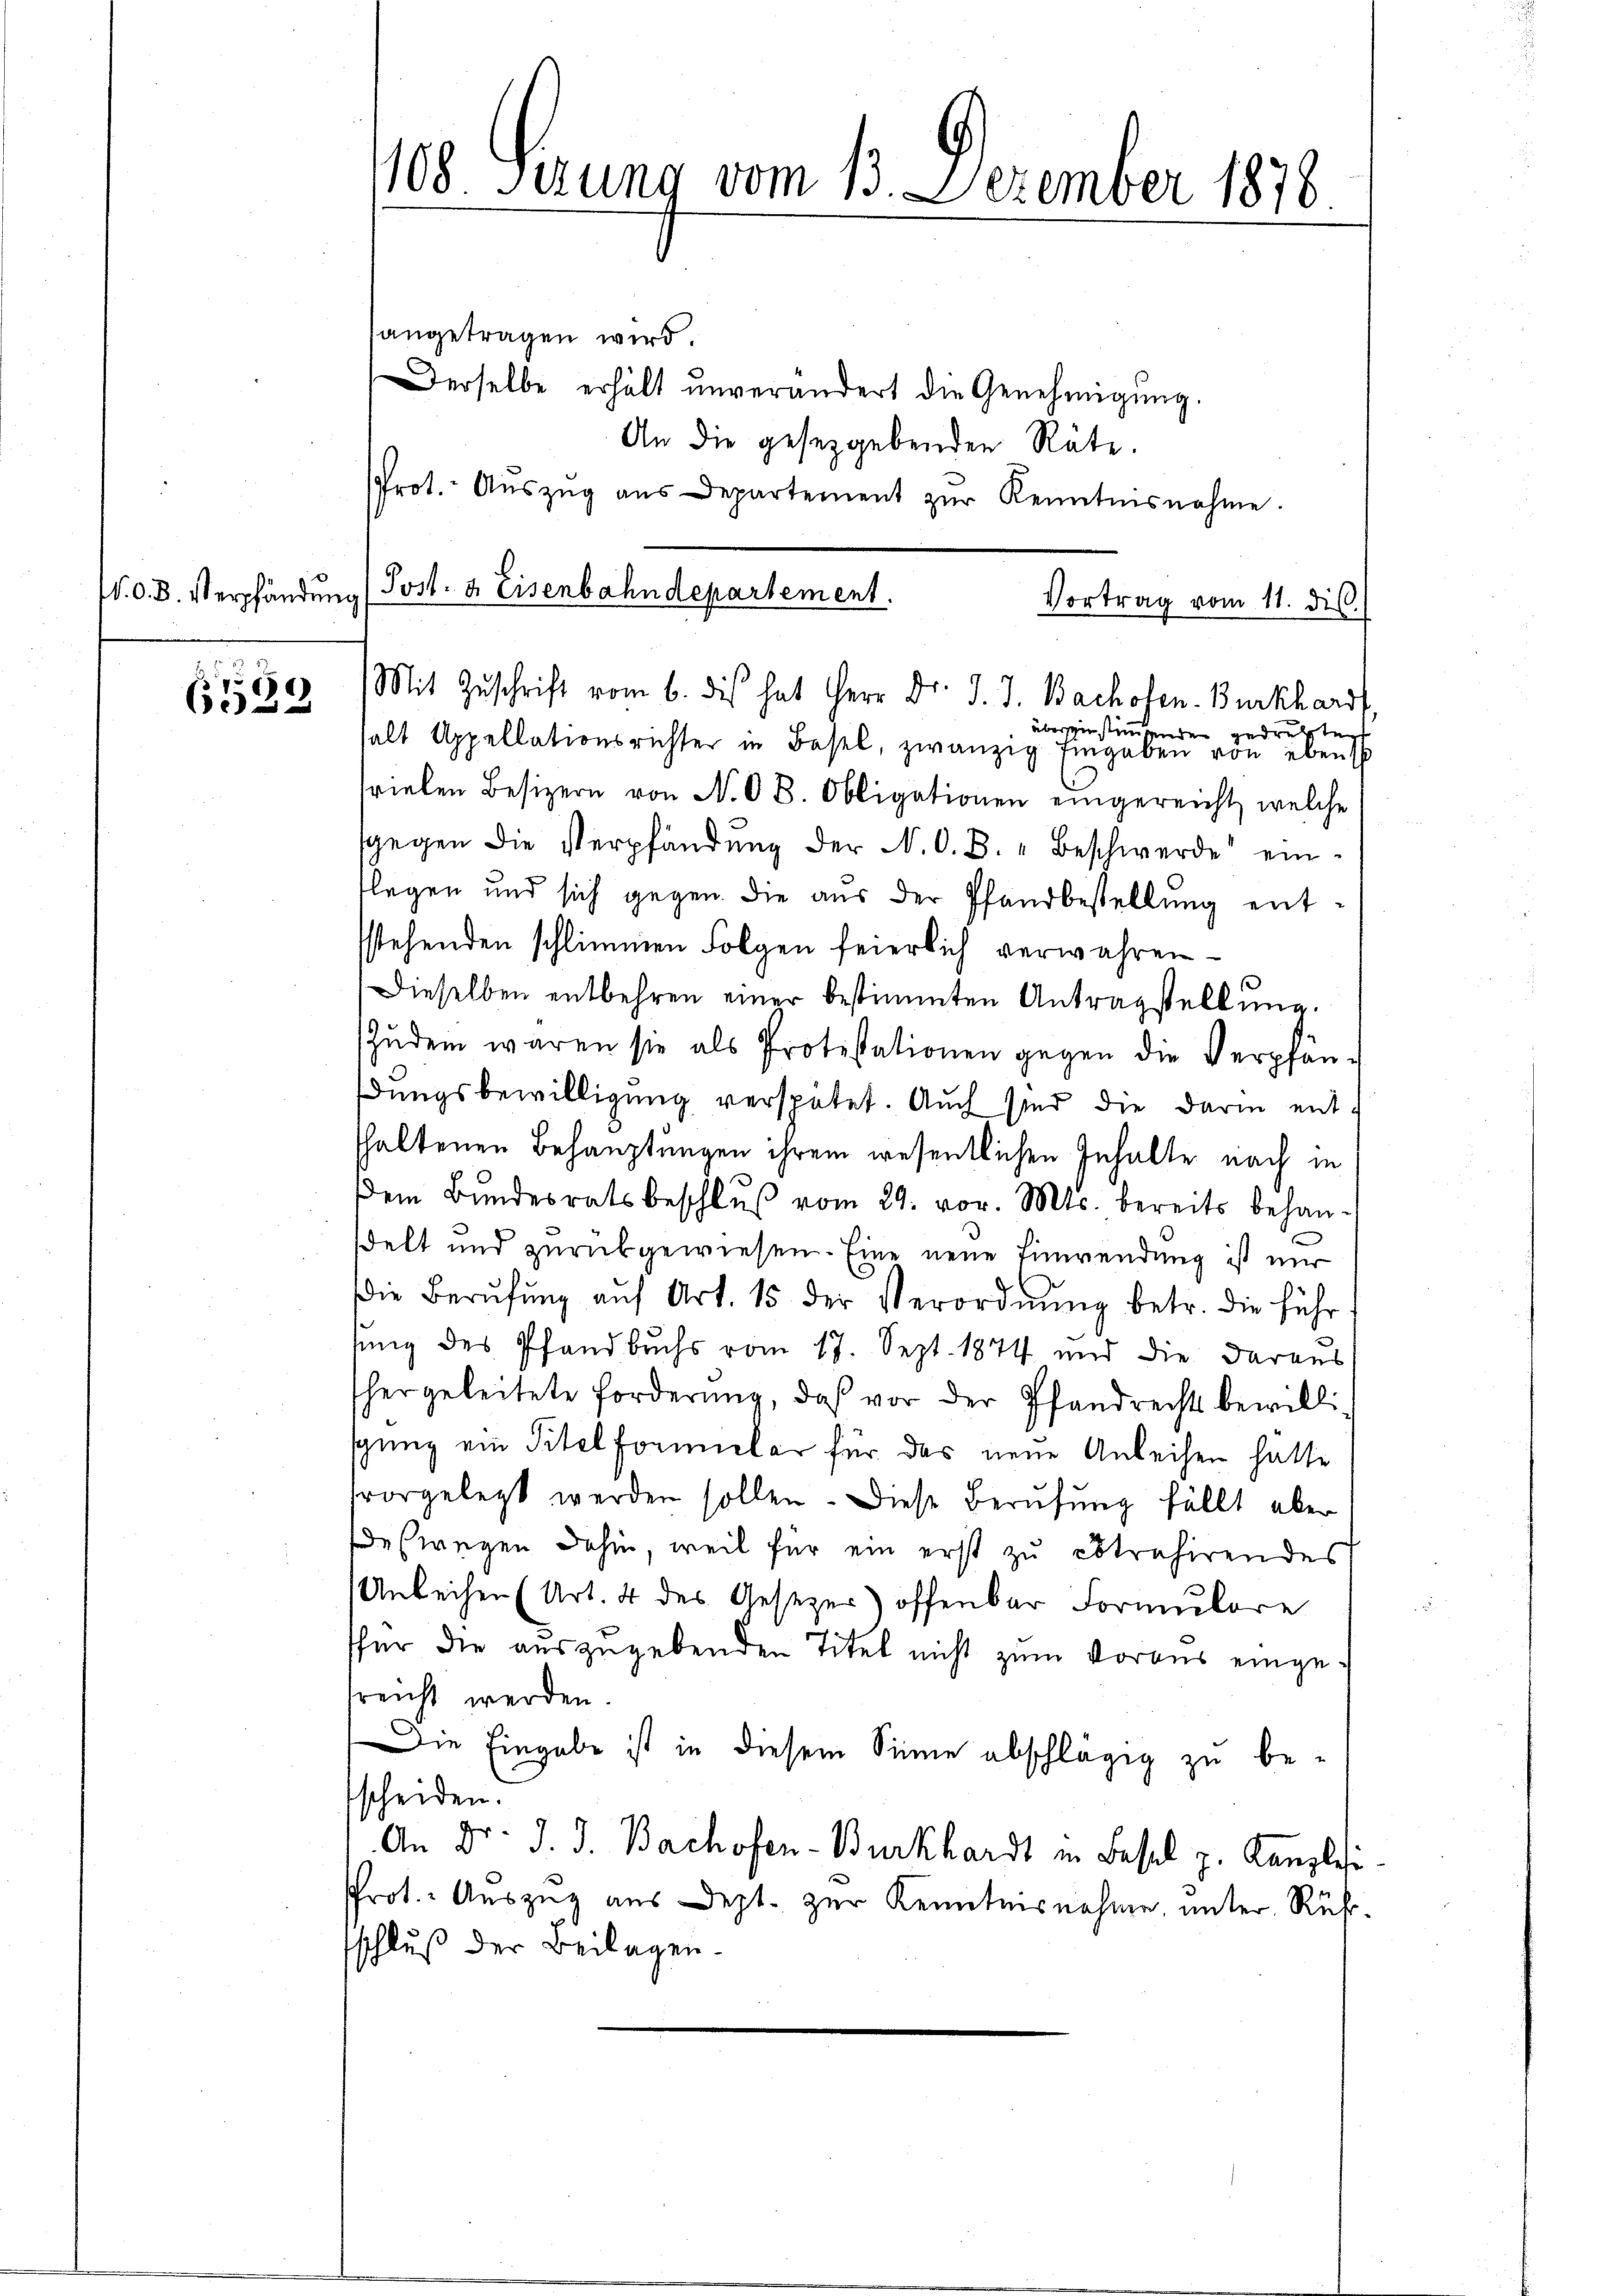
V. d. d. Verpfändung

6
6532

108 herung vom 13. Dezember 1878

angetragen wird.
Derselbe erhält unverändert die Genehmigŭng.
An die gesetzgebenden Räte.
PProt. Aŭszŭg aŭs Departement zŭr Kenntnisnahme.
Mit Zuschrift vom 6. dies hat Herr Dr. J. J. Bachofen-Burkhardt
überzinstimmenden gedrehten
halt Appellationsrichter in Basel, zwanzig Eingaben von ebens
svielen Besizern von N. OB. Obligationen eingereicht, welche
sgegen die Verpfändung der N. O. B. Beschwerde einlegen und sich gegen. Die aus der Pfandbestellung entstehenden schlimmen Folgen feierlich verwahren
Dieselben entbehren einer bestimmten Antragstellung.
Zŭdem waren sie als Protestationen gegen die Verpfän-
dungsbewilligung verspätet. Auch sind die darin entshaltenen Behauptungen ihrem wesentlichen Inhalte nach in
dem Bundesratsbeschluß vom 29. vor. Mts. bereits behandelt und zurückgewiesen. Eine neue Einwendung ist mir
die Berŭfŭng aŭf Art. 15 der Verordnŭng betr. die führ
sung des Pfandbuchs vom 17. Sept. 1874 und die daraus
hergeleitete Forderŭng, daß vor der Pfandrechts bewillisgung ein Titel formelar für das neue Anleihen hätte
vorgelegt werden sollen. Diese Berufung fällt aber
Deswegen dahin, weil für ein erst zu extrahirendes
Anleihen (Art. 4 des Gesezer) offenbar Formulare
für die auszugebenden Titel nicht zum Voraus eingesreicht werden
Die Eingabe ist in diesem Sinne abschlägig zu be-
scheiden.
An Dr. J. J. Bachofen-Burkhardt in Basel z. Kanzlei
Prot. Auszug aus Dept. zur Kenntnisnahme, unter Rühschluß der Beilagen.

(Post- & Eisenbahndepartement.
Vortrag vom 11. dis.